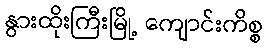
နွားထိုးကြီးမြို့ ကျောင်းကိစ္စ